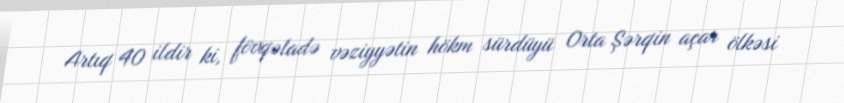
Artıq 40 ildir ki, fövqəladə vəziyyətin hökm sürdüyü Orta Şərqin açar ölkəsi